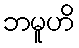
ဘမူဟိ